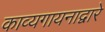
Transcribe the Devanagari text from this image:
काव्यगायनाद्वारे